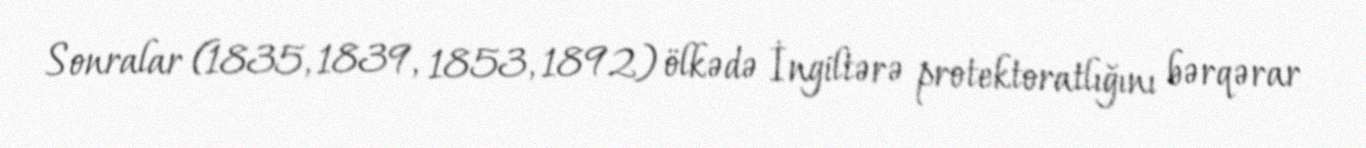
Sonralar (1835, 1839, 1853, 1892) ölkədə İngiltərə protektoratlığını bərqərar